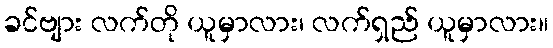
ခင်ဗျား လက်တို ယူမှာလား၊ လက်ရှည် ယူမှာလား။